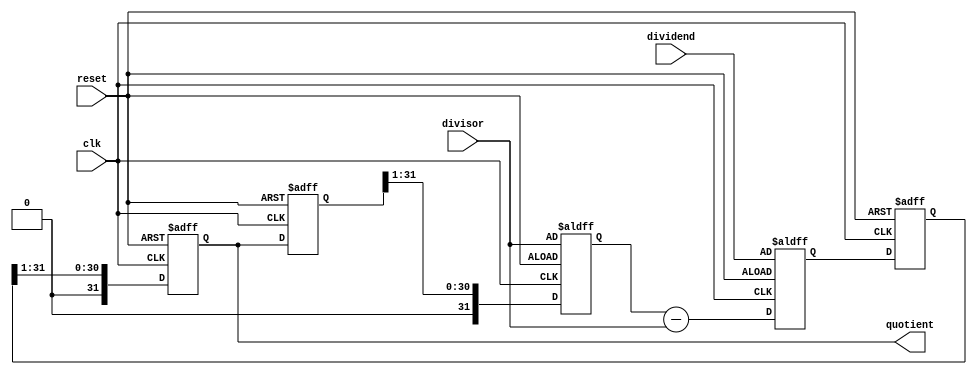
module PipelinedDivider (
    input wire clk,
    input wire reset,
    input wire [31:0] dividend,
    input wire [31:0] divisor,
    output wire [31:0] quotient
);

reg [31:0] result [4:0];

always @ (posedge clk or posedge reset) begin
    if (reset) begin
        result[0] <= 32'h0;
        result[1] <= divisor;
        result[2] <= dividend;
        result[3] <= 32'h0;
        result[4] <= 32'h0;
    end else begin
        result[0] <= result[4];
        result[1] <= result[0] >> 1;
        result[2] <= result[1] - divisor;
        result[3] <= result[2];
        result[4] <= result[3] >> 1;
    end
end

assign quotient = result[4];

endmodule